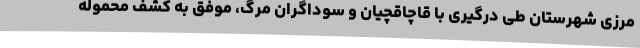
مرزی شهرستان طی درگیری با قاچاقچیان و سوداگران مرگ، موفق به کشف محموله